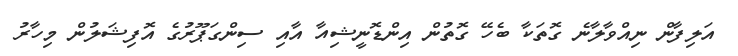
އަލިފާން ނިއްވާލާނެ ގޮތަކާ ބެހޭ ގޮތުން އިންޑޮނީޝިއާ އާއި ސިންގަޕޫރުގެ އޮފިޝަލުން މިހާރު